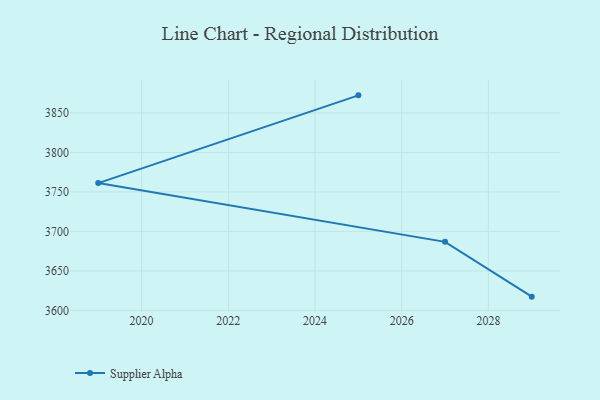
{"axis": {"x": "Year", "y": "Budget (USD K)"}, "legend": ["Supplier Alpha"], "data": [{"x": "2025", "y": 3872.3, "type": "Supplier Alpha"}, {"x": "2019", "y": 3761.2, "type": "Supplier Alpha"}, {"x": "2027", "y": 3686.8, "type": "Supplier Alpha"}, {"x": "2029", "y": 3617.4, "type": "Supplier Alpha"}]}